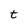
Character: t